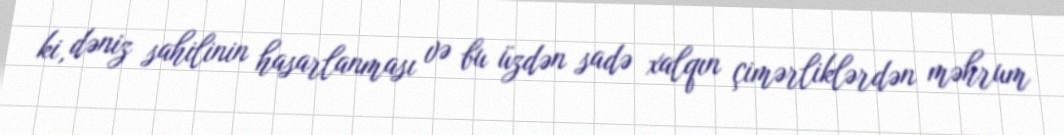
ki, dəniz sahilinin hasarlanması və bu üzdən sadə xalqın çimərliklərdən məhrum